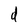
Character: d